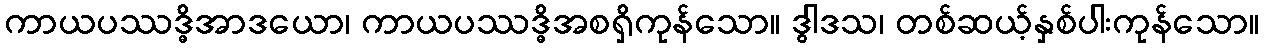
ကာယပဿဒ္ဓိအာဒယော၊ ကာယပဿဒ္ဓိအစရှိကုန်သော။ ဒွါဒသ၊ တစ်ဆယ့်နှစ်ပါးကုန်သော။